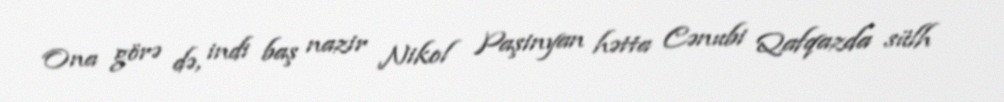
Ona görə də, indi baş nazir Nikol Paşinyan hətta Cənubi Qafqazda sülh